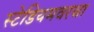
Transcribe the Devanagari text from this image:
स्टेडियमवरचा